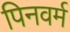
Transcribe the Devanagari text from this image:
पिनवर्म